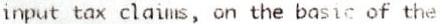
INPUT TAX CLAIMS, ON THE BASIC OF THE